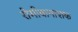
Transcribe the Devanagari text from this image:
रोमीबानाशक